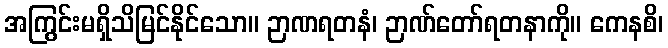
အကြွင်းမရှိသိမြင်နိုင်သော။ ဉာဏရတနံ၊ ဉာဏ်တော်ရတနာကို။ ကေနစိ၊